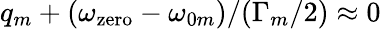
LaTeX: q_{m}+(\omega_{\mathrm{zero}}-\omega_{0m})/(\Gamma_{m}/2)\approx 0